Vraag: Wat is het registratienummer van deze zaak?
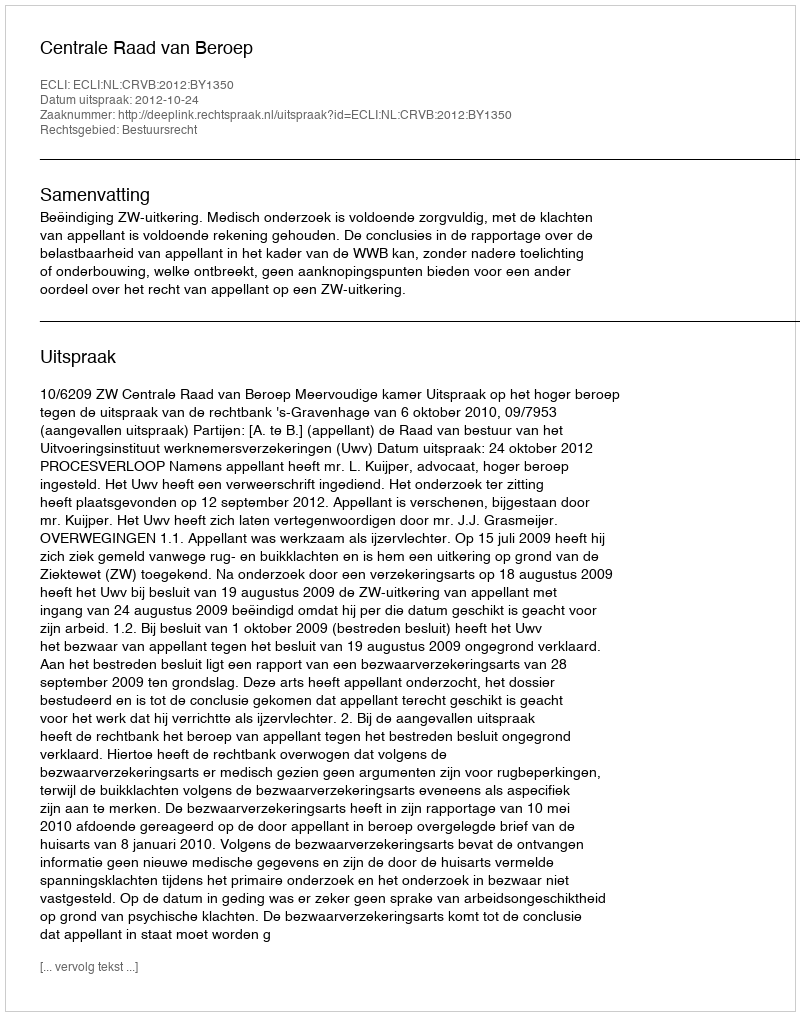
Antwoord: http://deeplink.rechtspraak.nl/uitspraak?id=ECLI:NL:CRVB:2012:BY1350